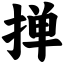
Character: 掸